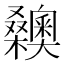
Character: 𣡉